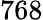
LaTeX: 768